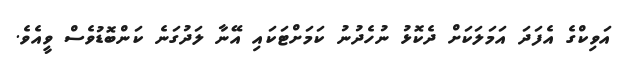
އަވިކްގެ އެފަދަ އަމަލަކަށް ދެކޮޅު ނުހެދުނު ކަމަށްޓަކައި އޭނާ ލަދުގަނެ ކަންބޮޑުވެސް ވީއެވެ.